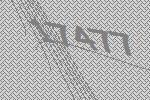
17477